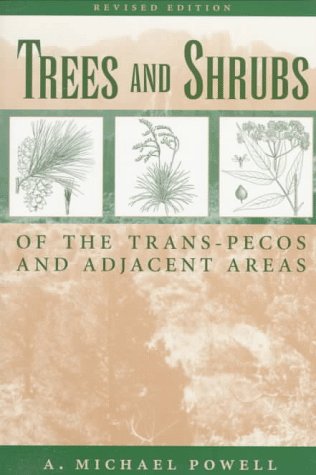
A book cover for Trees & Shrubs of the Trans-Pecos and Adjacent Areas; A. Michael Powell; Crafts, Hobbies & Home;